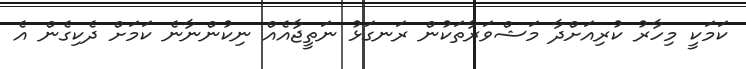
ކަމަކީ މިހާރު ކުރިއަށްދާ މަޝްވަރާތަކުން ރަނގަޅު ނަތީޖާއެއް ނިކުންނާނެ ކަމަށް ދެކިގެން އެ